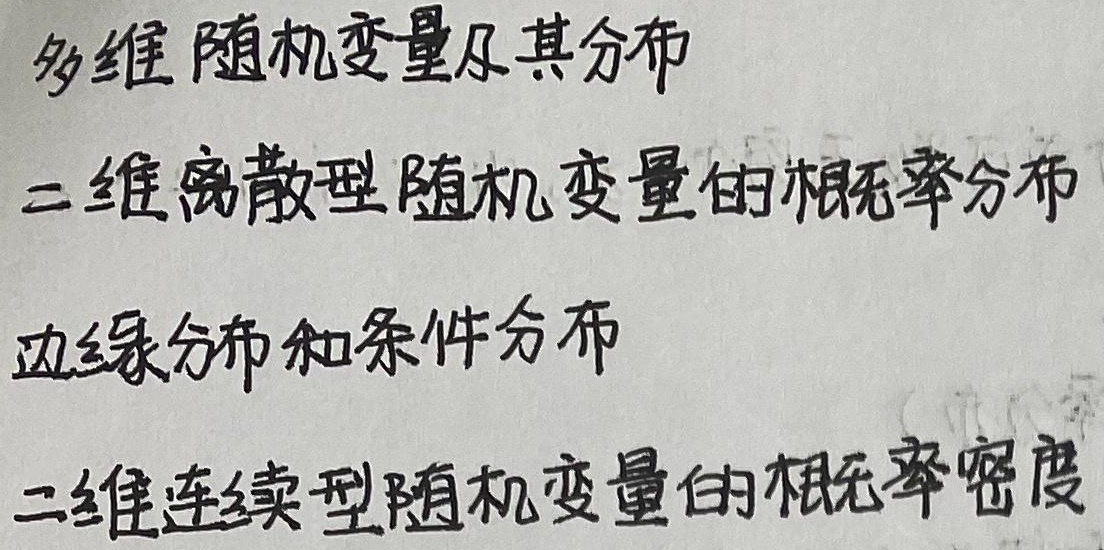
多维随机变量及其分布，二维离散型随机变量的概率分布，边缘分布和条件分布，二维连续型随机变量的概率密度